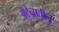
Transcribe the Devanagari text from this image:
अँटेनातील